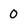
Character: 0